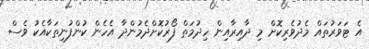
އެ ޓަވަރުތައް މެދުވެރިކޮށް މި ދާއިރާއިން ހިދުމަތް ފޯރުކޮށްދެމުންދާ އެހެން ކުންފުނިތަކާއެކު ވެސް